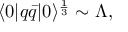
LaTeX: \langle 0 | q \bar { q } | 0 \rangle ^ { \frac { 1 } { 3 } } \sim \Lambda ,